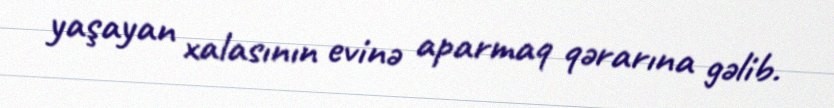
yaşayan xalasının evinə aparmaq qərarına gəlib.